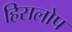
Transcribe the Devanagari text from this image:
हिसलोप